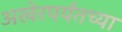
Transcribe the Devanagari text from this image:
अखेरपर्यंतच्या